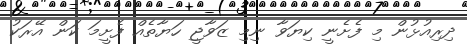
ދިރިއުޅުން މި ފެށެނީ ކިޔަވާ ނިމި ޒަވާޖީ ހަޔާތެއް ފެށީމަ ކަން އޭރަކު